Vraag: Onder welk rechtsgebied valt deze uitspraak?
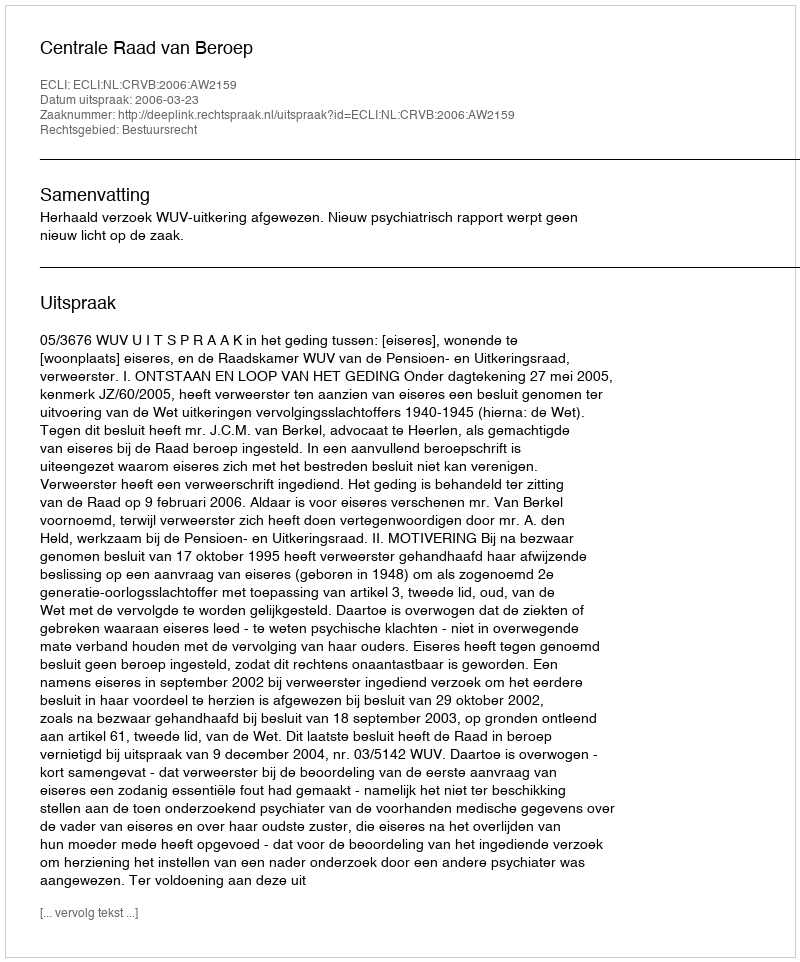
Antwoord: Bestuursrecht